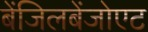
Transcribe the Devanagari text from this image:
बेंजिलबेंजोएट